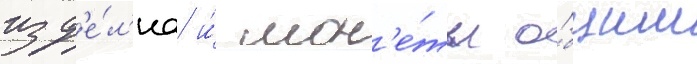
изд'е́л'иа и́ мон'е́ты о́бщим